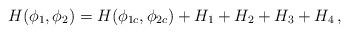
LaTeX: \begin{align*}H(\phi_1,\phi_2)=H(\phi_{1c},\phi_{2c})+H_1+H_2+H_3+H_4 \, ,\end{align*}